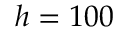
h = 1 0 0